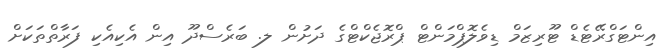
އިންޓަގްރޭޓެޑް ޓޫރިޒަމް ޑިވެލޮޕްމަންޓް ޕްރޮޖެކްޓްގެ ދަށުން ލ. ބަރެސްދޫ އިން އެކިއެކި ފަރާތްތަކަށް